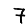
Digit: 7